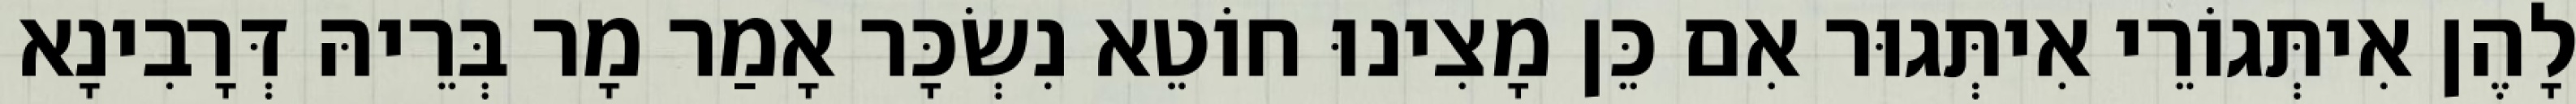
לָהֶן אִיתְּגוֹרֵי אִיתְּגוּר אִם כֵּן מָצִינוּ חוֹטֵא נִשְׂכָּר אָמַר מָר בְּרֵיהּ דְּרָבִינָא